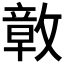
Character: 𭤊